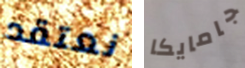
نعتقد جامايكا